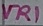
Text: VR1